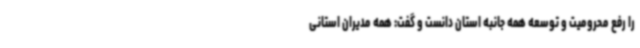
را رفع محرومیت و توسعه همه جانبه استان دانست و گفت: همه مدیران استانی